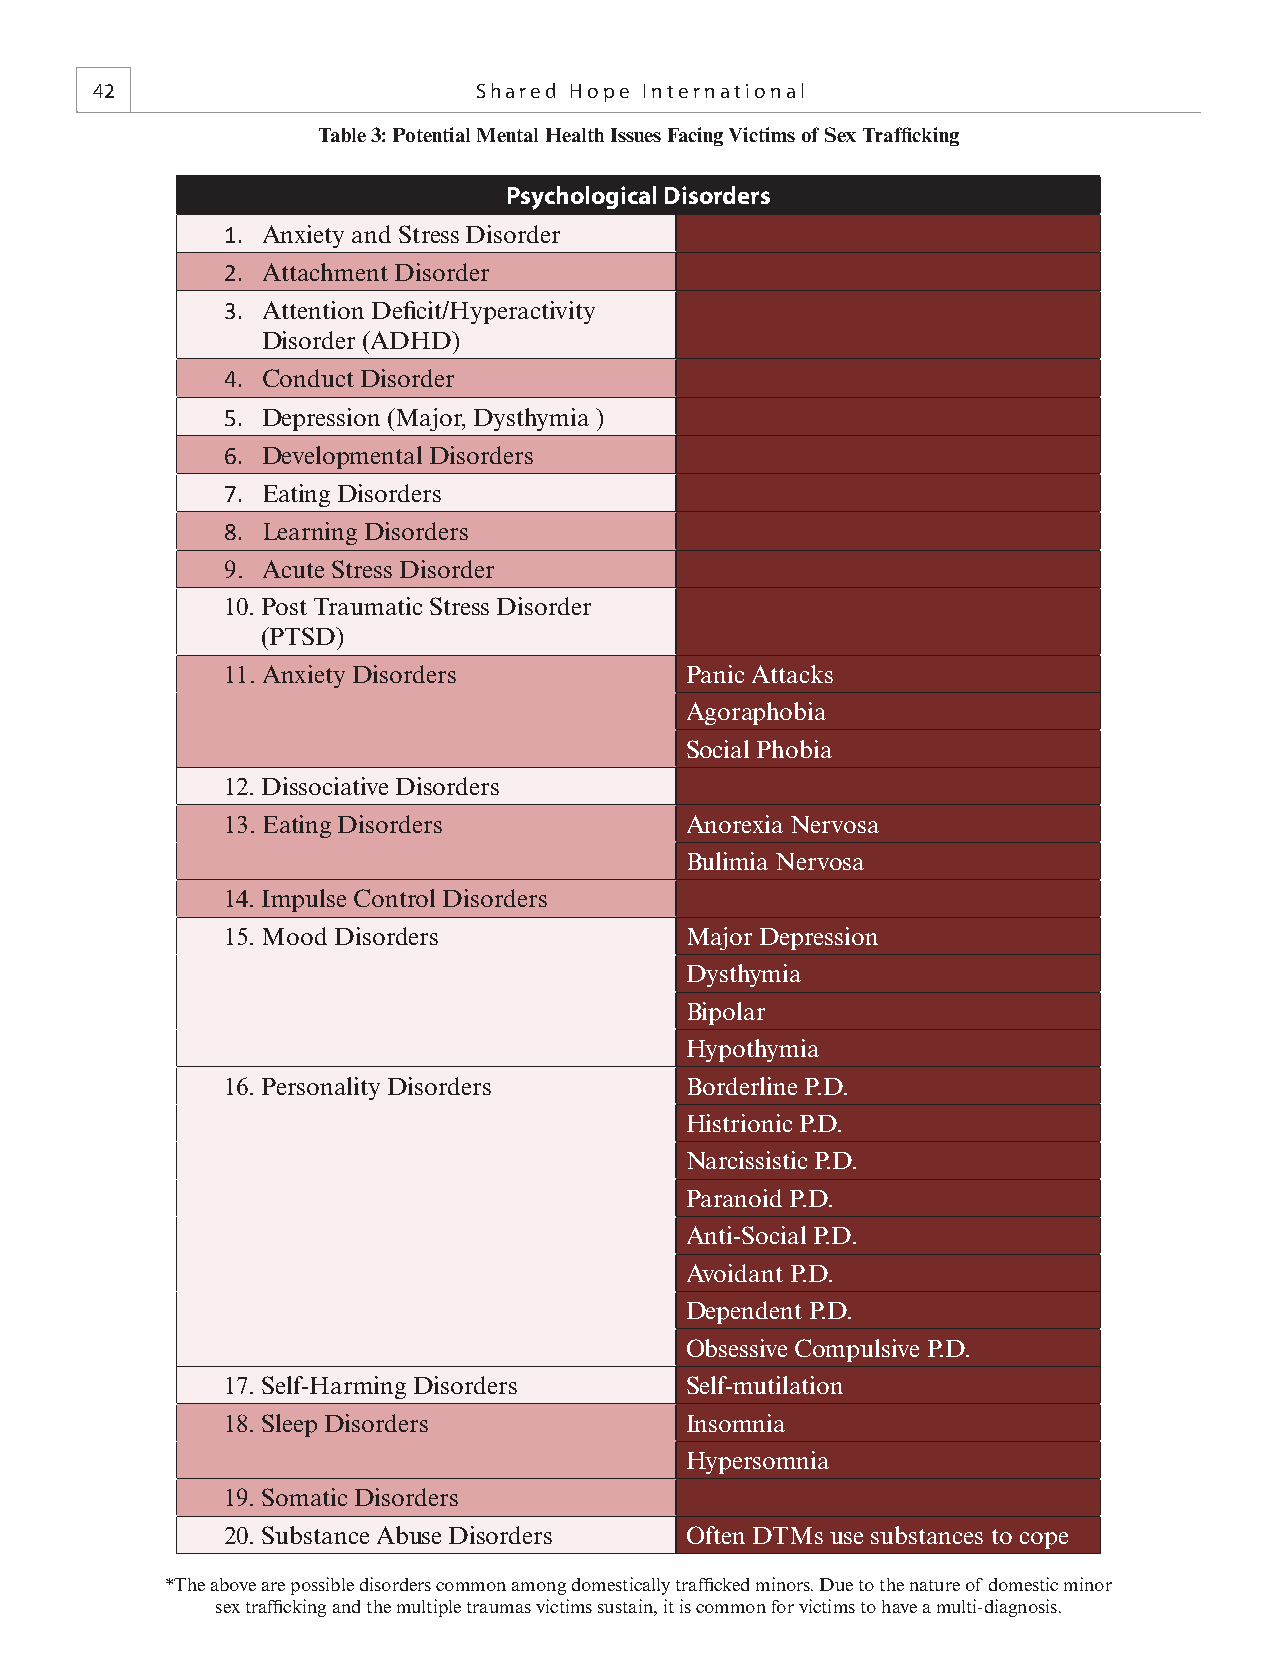
42                       Shared Hope International
 Table 3: Potential Mental Health Issues Facing Victims of Sex Traffi cking
 Psychological Disorders
 1. Anxiety and Stress Disorder
 2. Attachment Disorder
 3. Attention Defi cit/Hyperactivity
 Disorder (ADHD)
 4. Conduct Disorder
 5. Depression (Major, Dysthymia )
 6. Developmental Disorders
 7. Eating Disorders
 8. Learning Disorders
 9. Acute Stress Disorder
 10. Post Traumatic Stress Disorder
 (PTSD)
 11. Anxiety Disorders         Panic Attacks
 Agoraphobia
 Social Phobia
 12. Dissociative Disorders
 13. Eating Disorders          Anorexia Nervosa
 Bulimia Nervosa
 14. Impulse Control Disorders
 15. Mood Disorders            Major Depression
 Dysthymia
 Bipolar
 Hypothymia
 16. Personality Disorders     Borderline P.D.
 Histrionic P.D.
 Narcissistic P.D.
 Paranoid P.D.
 Anti-Social P.D.
 Avoidant P.D.
 Dependent P.D.
 Obsessive Compulsive P.D.
 17. Self-Harming Disorders    Self-mutilation
 18. Sleep Disorders           Insomnia
 Hypersomnia
 19. Somatic Disorders
 20. Substance Abuse Disorders Often DTMs use substances to cope
 *The above are possible disorders common among domestically traffi cked minors. Due to the nature of domestic minor
 sex traffi cking and the multiple traumas victims sustain, it is common for victims to have a multi-diagnosis.